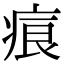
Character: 㾗